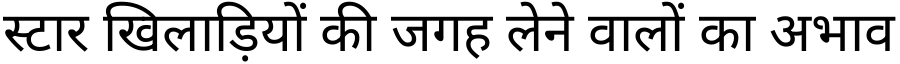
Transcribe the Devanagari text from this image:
स्टार खिलाड़ियों की जगह लेने वालों का अभाव